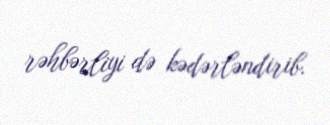
rəhbərliyi də kədərləndirib.